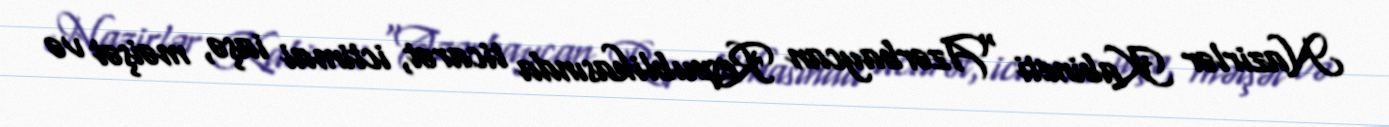
Nazirlər Kabineti “Azərbaycan Respublikasında ticarət, ictimai iaşə, məişət və